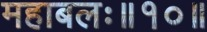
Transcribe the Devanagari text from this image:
महाबलः॥१०॥